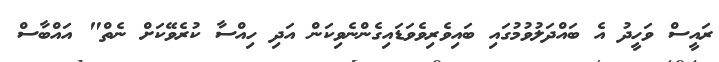
ރައީސް ވަހީދު އެ ބައްދަލުވުމުގައި ބައިވެރިވެވަޑައިގެންނެވިކަން އަދި ހިއްސާ ކުރެވޭކަށް ނެތް" އައްބާސް